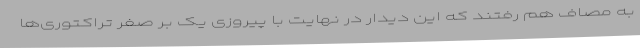
به مصاف هم رفتند که این دیدار در نهایت با پیروزی یک بر صفر تراکتوری‌ها